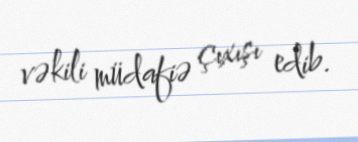
vəkili müdafiə çıxışı edib.